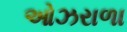
ઓઝરાળા